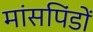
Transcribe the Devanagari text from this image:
मांसपिंडों